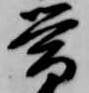
帯